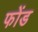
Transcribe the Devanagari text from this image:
फोंड